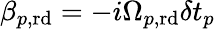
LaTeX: \beta_{p,\mathrm{rd}}=-i\Omega_{p,\mathrm{rd}}\delta t_{p}